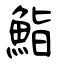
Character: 鮨